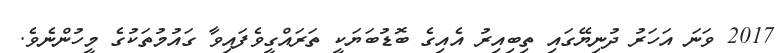
2017 ވަނަ އަހަރު ދުނިޔޭގައި ތިބިއިރު އެއިގެ ބޮޑުބަޔަކީ ތަރައްގީވެފައިވާ ގައުމުތަކުގެ މީހުންނެވެ.